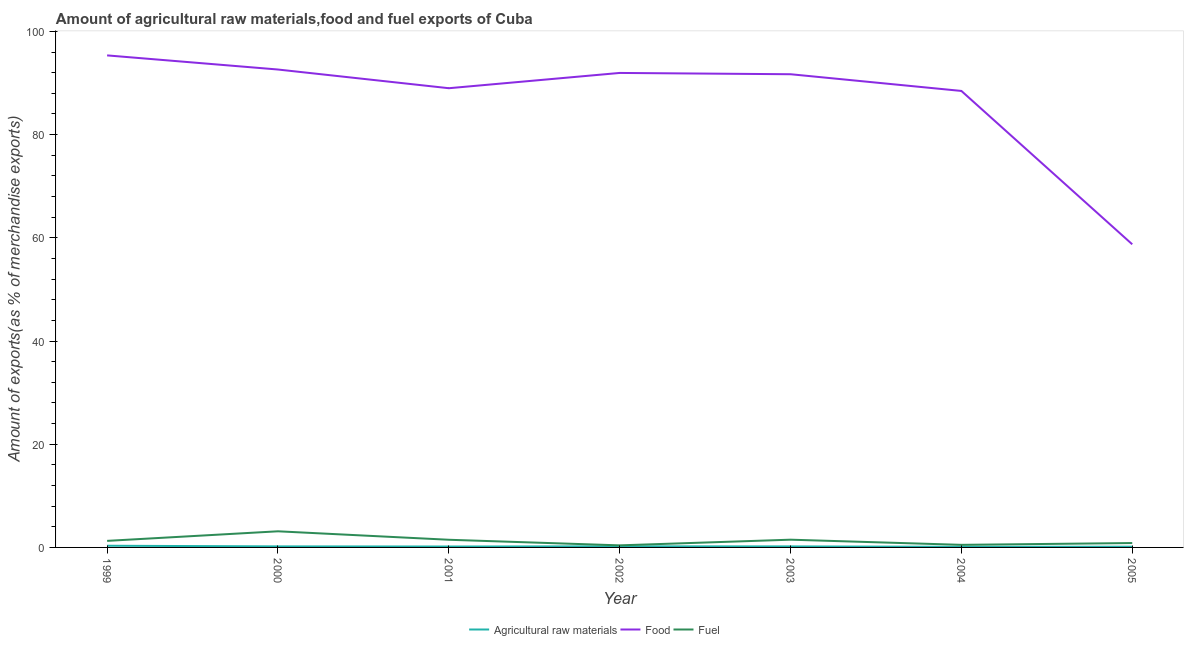
| Year | Agricultural raw materials | Food | Fuel |
 | --- | --- | --- | --- |
 | 1999 | 0.324 | 95.4 | 1.27 |
 | 2000 | 0.201 | 92.6 | 3.13 |
 | 2001 | 0.177 | 89 | 1.49 |
 | 2002 | 0.213 | 92 | 0.402 |
 | 2003 | 0.197 | 91.7 | 1.5 |
 | 2004 | 0.123 | 88.5 | 0.5 |
 | 2005 | 0.144 | 58.7 | 0.85 |